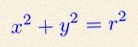
x^2+y^2=r^2